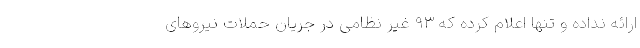
ارائه نداده و تنها اعلام کرده که ۹۳ غیر نظامی در جریان حملات نیروهای